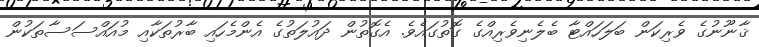
ޤާނޫނުގެ ވެރިކަން ބަލަހައްޓާ ބެލެނިވެރިއްގެ ގޮތުގައެވެ. އެގޮތުން ދައުލަތުގެ އެންމެހައި ބާރުތަކާއި މުއައްސަސާތަކުން